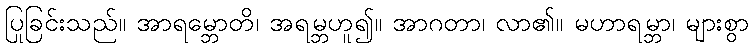
ပြုခြင်းသည်။ အာရမ္ဘောတိ၊ အရမ္ဘဟူ၍။ အာဂတာ၊ လာ၏။ မဟာရမ္ဘာ၊ များစွာ